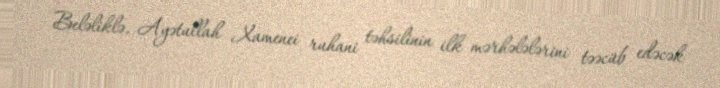
Beləliklə, Ayətullah Xamenei ruhani təhsilinin ilk mərhələlərini təəcüb edəcək